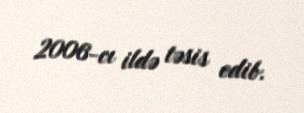
2006-cı ildə təsis edib.